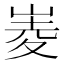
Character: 𡹃